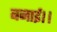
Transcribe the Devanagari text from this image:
बनाई।।